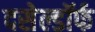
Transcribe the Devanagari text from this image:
दसेल्डॉर्फ